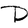
Character: D